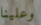
وعلينا